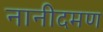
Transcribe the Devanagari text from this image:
नानीदमण